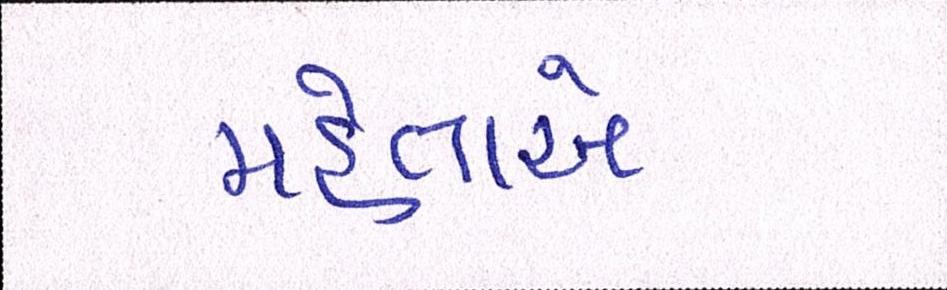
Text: મહેતાએ